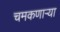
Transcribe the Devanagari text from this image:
चमकणार्‍या